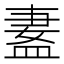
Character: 𬐢